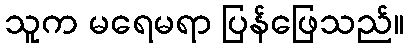
သူက မရေမရာ ပြန်ဖြေသည်။